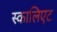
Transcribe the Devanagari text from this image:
स्कालिएट